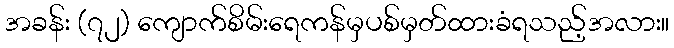
အခန်း (၇၂) ကျောက်စိမ်းရေကန်မှပစ်မှတ်ထားခံရသည့်အလား။